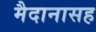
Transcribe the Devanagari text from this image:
मैदानासह